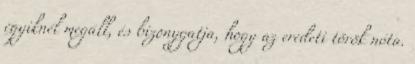
egyiknél megáll, és bizonygatja, hogy az eredeti török nóta.